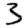
Digit: 3